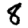
Digit: 8